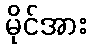
မိုင်အား